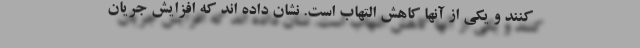
کنند و یکی از آنها کاهش التهاب است. نشان داده اند که افزایش جریان